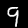
Label: 9